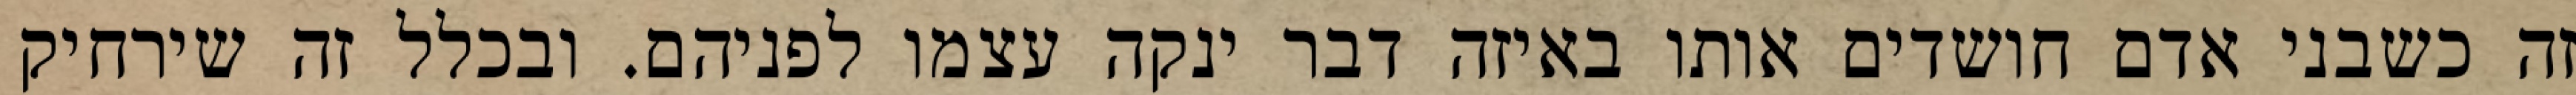
זה כשבני אדם חושדים אותו באיזה דבר ינקה עצמו לפניהם. ובכלל זה שירחיק